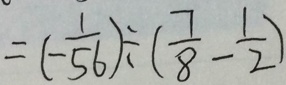
= ( - \frac { 1 } { 5 6 } ) \div ( \frac { 7 } { 8 } - \frac { 1 } { 2 } )